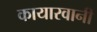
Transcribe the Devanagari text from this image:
कायारवानी